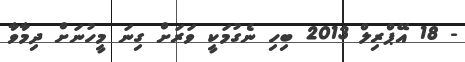
- 18 އޭޕްރިލް 2013 ބިހި ނެގުމަކީ ވަރަށް ގިނަ މީހުނަށް ދިމާވާ